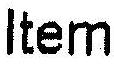
ITEM